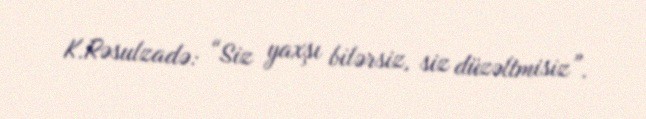
K.Rəsulzadə: “Siz yaxşı bilərsiz, siz düzəltmisiz”.